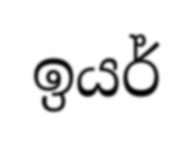
ඉයර්